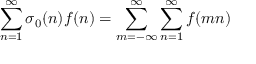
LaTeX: \sum _ { n = 1 } ^ { \infty } \sigma _ { 0 } ( n ) f ( n ) = \sum _ { m = - \infty } ^ { \infty } \sum _ { n = 1 } ^ { \infty } f ( m n )